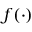
f ( \cdot )